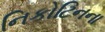
નિકોટિનના